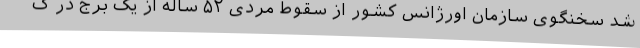
شد سخنگوی سازمان اورژانس کشور از سقوط مردی ۵٢ ساله از یک برج در ک